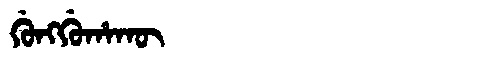
Manchu: ᡤᡠᠩᡤᡠᡥᠠᡴᡡ
Romanization: GUNGGUHAKŪ